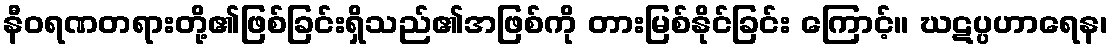
နီဝရဏတရားတို့၏ဖြစ်ခြင်းရှိသည်၏အဖြစ်ကို တားမြစ်နိုင်ခြင်း ကြောင့်။ ဃဋပ္ပဟာရေန၊